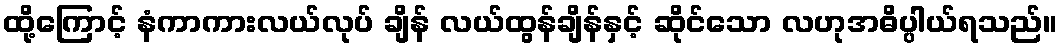
ထို့ကြောင့် နံကာကားလယ်လုပ် ချိန် လယ်ထွန်ချိန်နှင့် ဆိုင်သော လဟုအဓိပ္ပါယ်ရသည်။